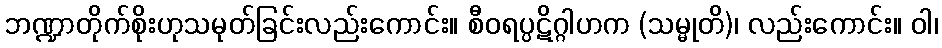
ဘဏ္ဍာတိုက်စိုးဟုသမုတ်ခြင်းလည်းကောင်း။ စီဝရပ္ပဋိဂ္ဂါဟက (သမ္မုတိ)၊ လည်းကောင်း။ ဝါ၊